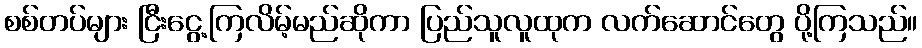
စစ်တပ်များ ငြီးငွေ့ကြလိမ့်မည်ဆိုကာ ပြည်သူလူထုက လက်ဆောင်တွေ ပို့ကြသည်။